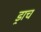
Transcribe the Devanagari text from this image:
ड्राच